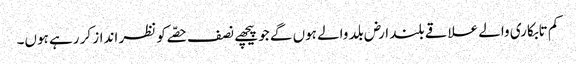
کم تابکاری والے علاقے بلند ارض بلد والے ہوں گے جو پیچھے نصف حصّے کو نظر انداز کر رہے ہوں۔